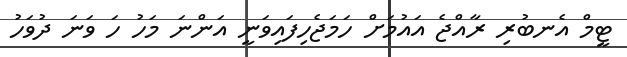
ޓީމް އެނބުރި ރާއްޖެ އައުމަށް ހަމަޖެހިފައިވަނީ އަންނަ މަހު ހަ ވަނަ ދުވަހު